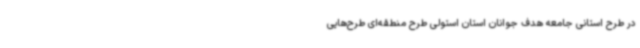
در طرح استانی جامعه هدف جوانان استان استولی طرح منطقه‌ای طرح‌هایی